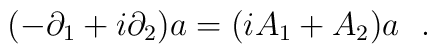
(-\partial_{1}+i\partial_{2})a =(iA_{1}+A_{2})a~~.